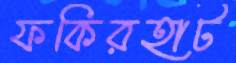
ফকিরহাট